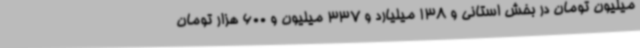
میلیون تومان در بخش استانی و 138 میلیارد و 337 میلیون و 600 هزار تومان